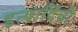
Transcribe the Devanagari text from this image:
इत्यादिंची